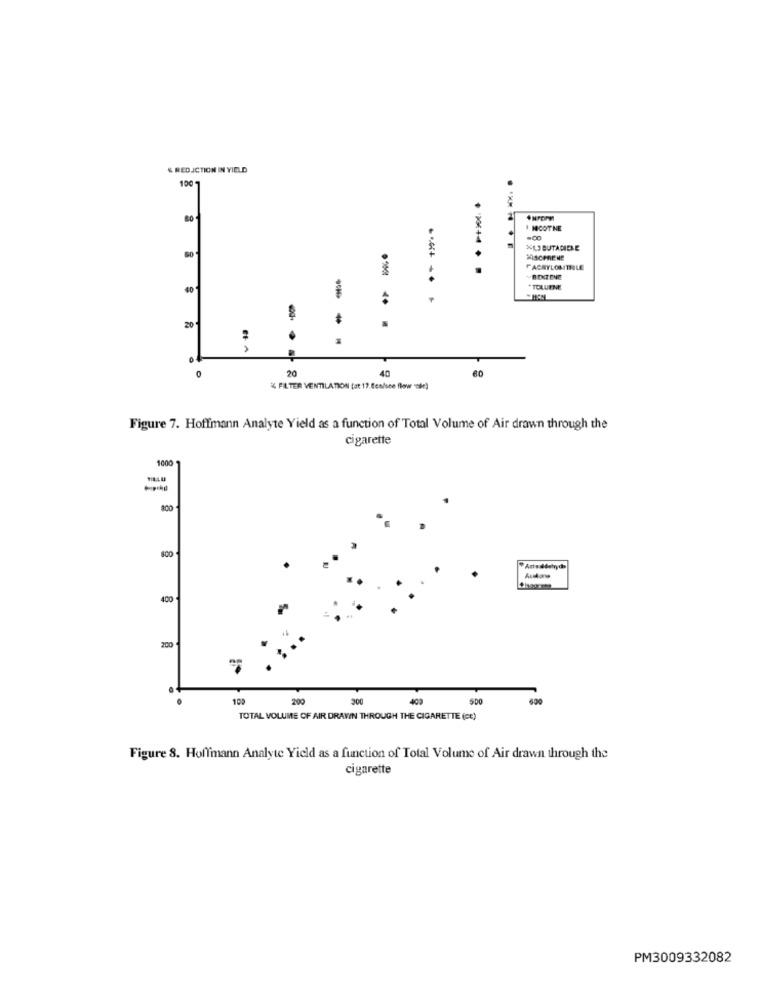
& REDUCTION IN YIELD
100 7
NICOTINE
=00
*13 BUTADIENE
MiScenENE
.....
FACRYLOMTILE
......
BENTENE
40
*TOLUENE
20
0
20
40
% FILTER VENTILATION [at 17. fen/sce flow sie)
Figure 7. Hoffmann Analyte Yield as a function of Total Volume of Air drawn through the
cigarette
1000
200
Actsaldehyde
400
200
109
200
300
409
SDO
TOTAL VOLUME OF AIR DRAWIN THROUGH THE CIGARETTE (CE)
Figure 8. Hoffmann Analyte Yield as a function of Total Volume of Air drawn through the
cigarette
PM3009332082